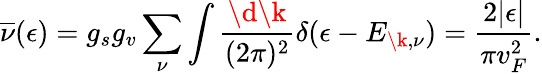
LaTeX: \overline{{\nu}}(\epsilon)=g_{s}g_{v}\sum_{\nu}\int\frac{\d\k}{(2\pi)^{2}}\delta(\epsilon-E_{\k,\nu})=\frac{2|\epsilon|}{\pi v_{F}^{2}}.